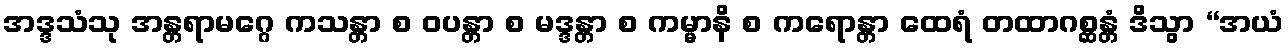
အဒ္ဒသံသု အန္တရာမဂ္ဂေ ကသန္တာ စ ဝပန္တာ စ မဒ္ဒန္တာ စ ကမ္မာနိ စ ကရောန္တာ ထေရံ တထာဂစ္ဆန္တံ ဒိသွာ “အယံ